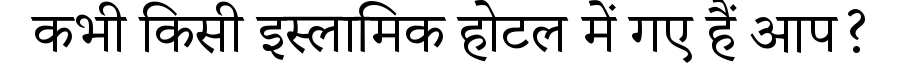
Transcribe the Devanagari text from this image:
कभी किसी इस्लामिक होटल में गए हैं आप?